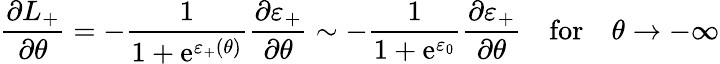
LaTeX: \frac{\partial L_{+}}{\partial\theta}=-\frac{1}{1+\mathrm{e}^{\varepsilon_{+}(\theta)}}\frac{\partial\varepsilon_{+}}{\partial\theta}\sim-\frac{1}{1+\mathrm{e}^{\varepsilon_{0}}}\frac{\partial\varepsilon_{+}}{\partial\theta}\quad\mathrm{for}\quad\theta\rightarrow-\infty